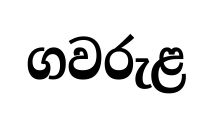
ගවරුළ